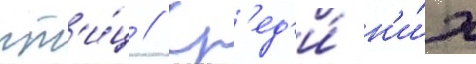
пт'и́ц // Ср'ед'и́ н'и́х